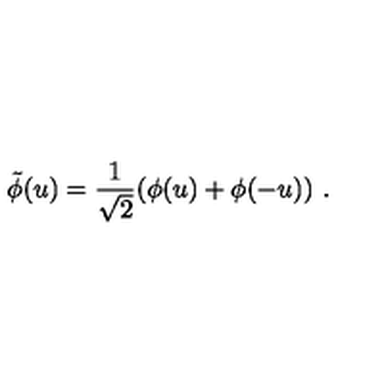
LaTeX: \tilde { \phi } ( u ) = \frac { 1 } { \sqrt { 2 } } ( \phi ( u ) + \phi ( - u ) ) \ .